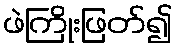
ဖဲကြိုးဖြတ်၍